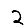
Digit: 2